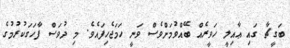
ބަގީޗާ ގައި ޢާއިލީ ހަވީރެއް ބޭއްވުމަށްވެސް ވަނީ ހަމަޖެހިފައެވެ. މި ދުވަސް ފާހަގަކުރުމުގެ